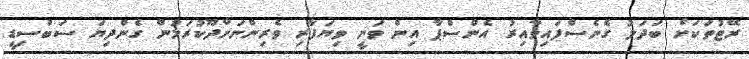
ރޭޓުތަކަށް ބަދަލު ގެނެސްފައިވާއިރު އެންސްޕާ އިން ވަނީ ވިޔަފާރި ވެރިންނަށްދޫކުރަމުން ގެންދިޔަ ސަބްސިޑީ